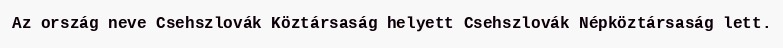
Az ország neve Csehszlovák Köztársaság helyett Csehszlovák Népköztársaság lett.